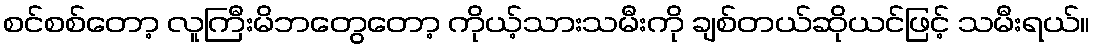
စင်စစ်တော့ လူကြီးမိဘတွေတော့ ကိုယ့်သားသမီးကို ချစ်တယ်ဆိုယင်ဖြင့် သမီးရယ်။